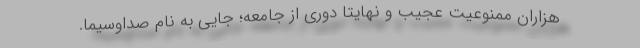
هزاران ممنوعیت عجیب و نهایتا دوری از جامعه؛ جایی به نام صداوسیما.